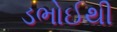
ડભોઈથી